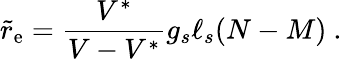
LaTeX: {\tilde{r}}_{\mathrm{e}}={\frac{V^{*}}{V-V^{*}}}g_{s}\ell_{s}(N-M)\ .